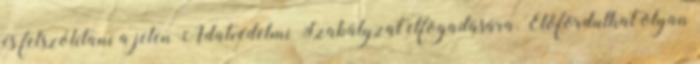
és felszólítani a jelen Adatvédelmi Szabályzat elfogadására. Előfordulhat olyan